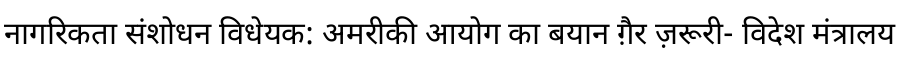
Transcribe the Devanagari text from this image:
नागरिकता संशोधन विधेयक: अमरीकी आयोग का बयान ग़ैर ज़रूरी- विदेश मंत्रालय